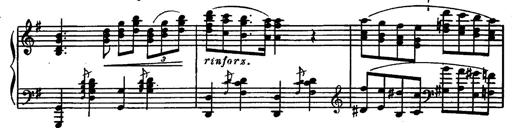
Title: Magyar rapszÃ³diÃ¡k
Composer: Franz Liszt